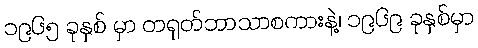
၁၉၆၅ ခုနှစ် မှာ တရုတ်ဘာသာစကားနဲ့၊ ၁၉၆၉ ခုနှစ်မှာ